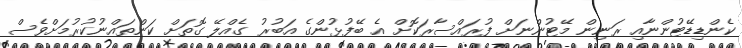
ކެންޑިޑޭޓުންނާއި ރަނިން މޭޓުންނަށް ފުރައްސާރަކޮށް އެ ބޭފުޅުންގެ އަބުރު ގެއްލޭ ގޮތަށް ކަންތައްނުކުރުމަށްވެސް